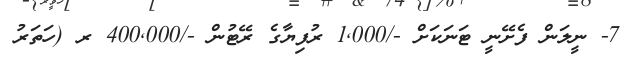
7- ނީލަން ފެށޭނީ ޓަނަކަށް -/1